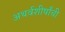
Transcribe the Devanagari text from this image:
अथर्वशीर्षांची